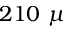
2 1 0 ~ \mu